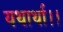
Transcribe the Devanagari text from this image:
यथार्था।।